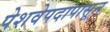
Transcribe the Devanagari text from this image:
पेशवेपदापासून